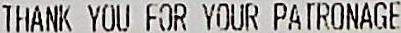
THANK YOU FOR YOUR PATRONAGE